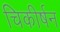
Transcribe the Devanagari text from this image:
चिकीर्षन